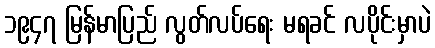
၁၉၄၇ မြန်မာပြည် လွတ်လပ်ရေး မရခင် လပိုင်းမှာပဲ